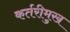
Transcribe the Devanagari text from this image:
कर्तरीमुख